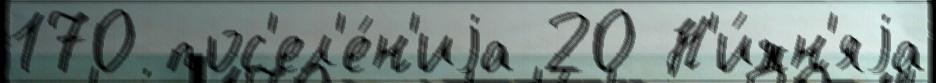
170 пос'ел'е́н'иjа 20 Н'и́жн'яjа